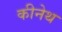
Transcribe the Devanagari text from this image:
कीनेथ